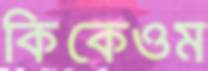
কিকেওম